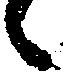
候